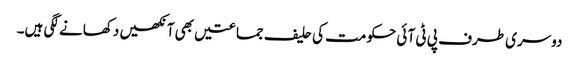
دوسری طرف پی ٹی آ ئی حکومت کی حلیف جماعتیں بھی آنکھیں دکھانے لگی ہیں۔